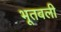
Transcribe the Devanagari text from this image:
भूतबली